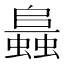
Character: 𧒙